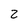
Character: 2